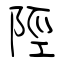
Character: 陘